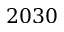
2 0 3 0